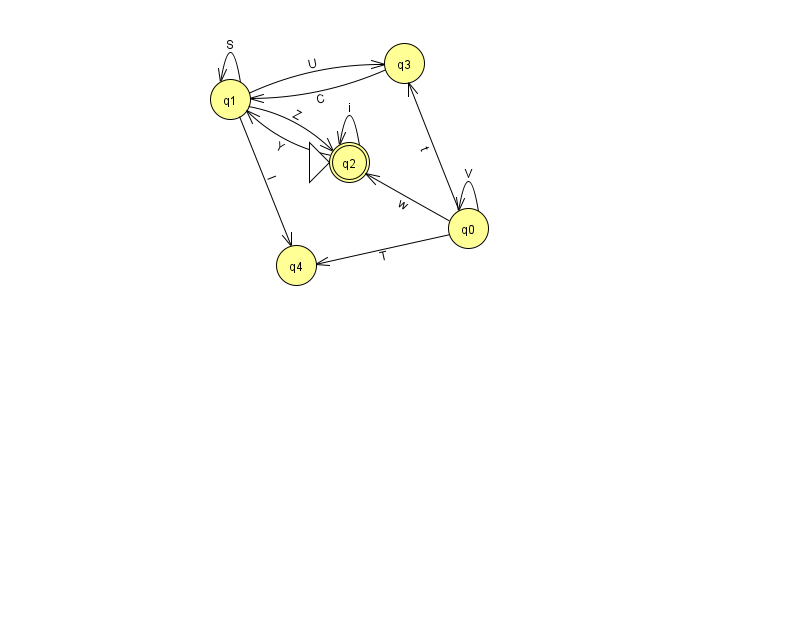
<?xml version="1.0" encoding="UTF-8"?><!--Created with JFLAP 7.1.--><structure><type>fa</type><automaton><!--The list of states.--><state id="0" name="q0"><x>468.0</x><y>215.0</y></state><state id="1" name="q1"><x>230.0</x><y>86.0</y></state><state id="2" name="q2"><x>349.0</x><y>149.0</y><initial/><final/></state><state id="3" name="q3"><x>404.0</x><y>50.0</y></state><state id="4" name="q4"><x>296.0</x><y>252.0</y></state><!--The list of transitions.--><transition><from>1</from><to>2</to><read>Z</read></transition><transition><from>2</from><to>1</to><read>Y</read></transition><transition><from>1</from><to>1</to><read>S</read></transition><transition><from>0</from><to>0</to><read>V</read></transition><transition><from>1</from><to>4</to><read>I</read></transition><transition><from>0</from><to>3</to><read>t</read></transition><transition><from>0</from><to>4</to><read>T</read></transition><transition><from>2</from><to>2</to><read>i</read></transition><transition><from>1</from><to>3</to><read>U</read></transition><transition><from>3</from><to>1</to><read>C</read></transition><transition><from>0</from><to>2</to><read>w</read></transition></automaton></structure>